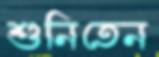
শুনিতেন